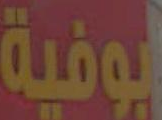
لبوفية